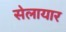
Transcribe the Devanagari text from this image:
सेलायार